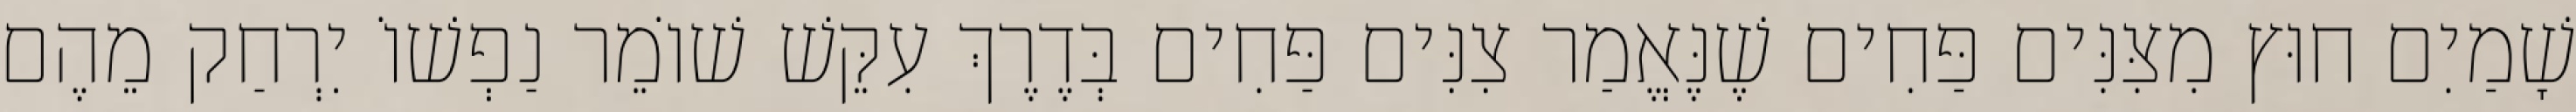
שָׁמַיִם חוּץ מִצִּנִּים פַּחִים שֶׁנֶּאֱמַר צִנִּים פַּחִים בְּדֶרֶךְ עִקֵּשׁ שׁוֹמֵר נַפְשׁוֹ יִרְחַק מֵהֶם